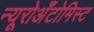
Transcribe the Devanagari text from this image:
न्यूरोअँटोमिस्ट